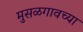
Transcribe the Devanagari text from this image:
मुसळगावच्या